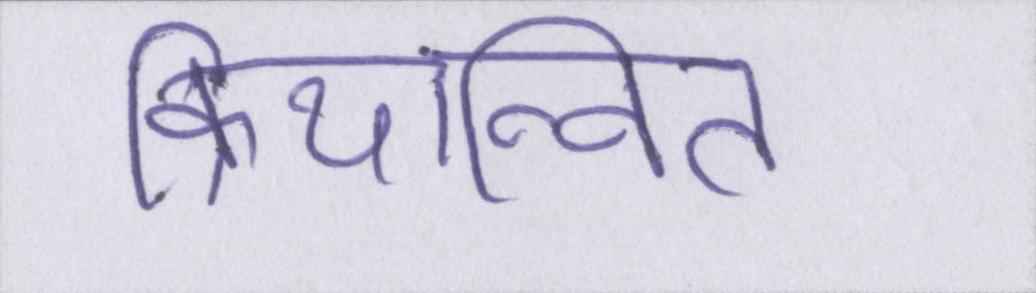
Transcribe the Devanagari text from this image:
क्रियान्वित